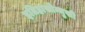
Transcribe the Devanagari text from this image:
इतिहासोन्मुखी